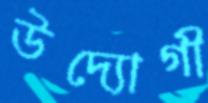
উদ্যোগী